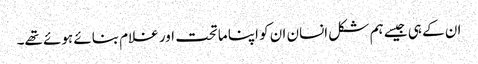
ان کے ہی جیسے ہم شکل انسان ان کو اپنا ماتحت اور غلام بنائے ہوئے تھے۔